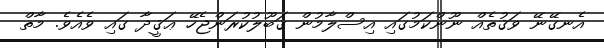
އެނގޭނޭ ވަޤުތެއް ނޫންކަމުގައި އިސްލާމުން ޤަބޫލުކުރަންޖެހޭ ޢަޤީދާ ގައި ވެއެވެ. މާތް